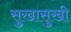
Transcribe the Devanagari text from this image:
सुखासुखी